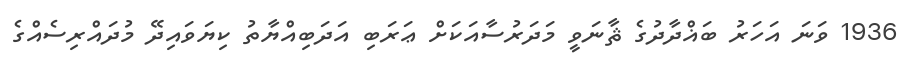
1936 ވަނަ އަހަރު ބަޣްދާދުގެ ޘާނަވީ މަދަރުސާއަކަށް ޢަރަބި އަދަބިއްޔާތު ކިޔަވައިދޭ މުދައްރިސެއްގެ